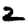
Digit: 2